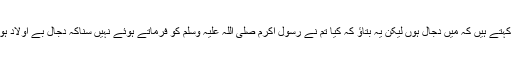
وہ کہتے ہیں کہ میں دجال ہوں لیکن یہ بتاؤ کہ کیا تم نے رسول اکرم صلی اللہ علیہ وسلم کو فرماتے ہوئے نہیں سناکہ دجال بے اولاد ہوگا۔